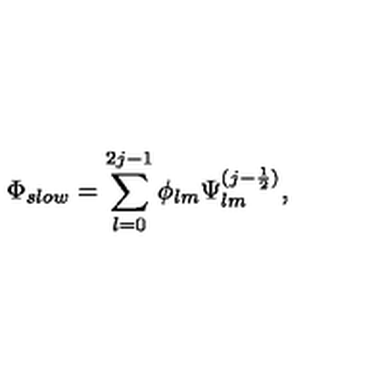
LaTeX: \Phi _ { s l o w } = \sum _ { l = 0 } ^ { 2 j - 1 } \phi _ { l m } \Psi _ { l m } ^ { ( j - \frac { 1 } { 2 } ) } ,